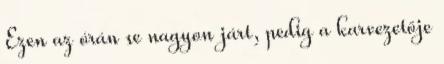
Ezen az órán se nagyon járt, pedig a karvezetője